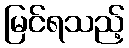
မြင်ရသည့်